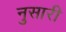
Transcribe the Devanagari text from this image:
नुसारी